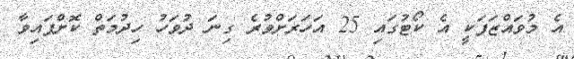
އެ މުވައްޒަފަކީ އެ ކޯޓުގައި 25 އަހަރަށްވުރެ ގިނަ ދުވަހު ހިދުމަތް ކޮށްފައިވާ